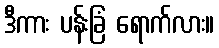
ဒီကား ပန်းခြံ ရောက်လား။